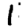
Digit: 1